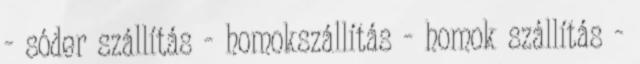
- sóder szállítás - homokszállítás - homok szállítás -